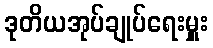
ဒုတိယအုပ်ချုပ်ရေးမှူး